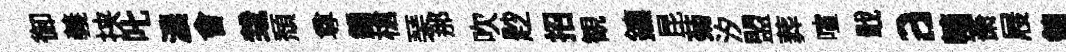
御義挟叱濃會㘽頽尊鍾槍琹那吹尟招観鑣昆菊汐盟葬喧戢a轖萧屐錦